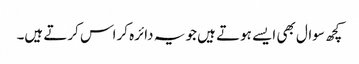
کچھ سوال بھی ایسے ہوتے ہیں جو یہ دائرہ کراس کرتے ہیں۔